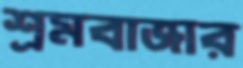
শ্রমবাজার